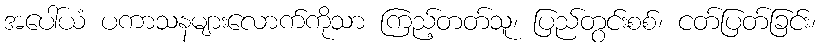
အပေါ်ယံ ပကာသနများလောက်ကိုသာ ကြည့်တတ်သူ၊ ပြည်တွင်းစစ်၊ ငတ်ပြတ်ခြင်း၊